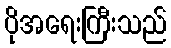
ပိုအရေးကြီးသည်